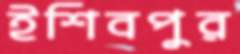
ইশিবপুর